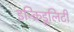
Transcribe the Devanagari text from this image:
इन्क्रिडूलिटी